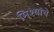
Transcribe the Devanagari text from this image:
मिश्यांचे